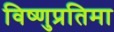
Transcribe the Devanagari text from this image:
विष्णुप्रतिमा